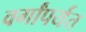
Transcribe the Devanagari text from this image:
वर्गांपर्यंत